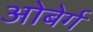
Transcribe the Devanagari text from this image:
ओबेर्ग